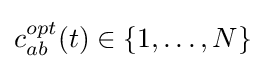
c_{ab}^{opt}(t)\in \{1,\ldots ,N\}